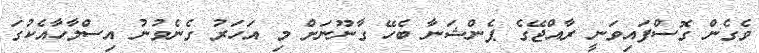
ވެގެން ގޮސްފައިވަނީ ރާއްޖޭގެ ޕެންޝަނާ ބެހޭ ގާނޫނަށް މި އަހަރު ގެނެވުނު އިސްލާހާއެކުގަ